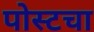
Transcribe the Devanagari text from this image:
पोस्टचा